Medical and sanitary report of the native army of Bengal for the year
Year: 1875
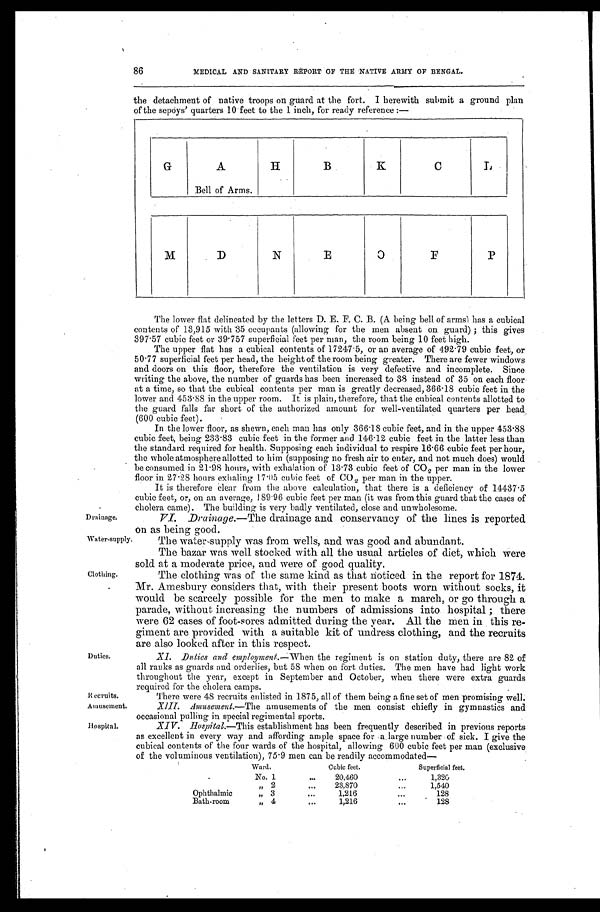
Recruits.
Amusement.
Hospital.
86
MEDICAL AND SANITARY REPORT OF THE NATIVE ARMY OF BENGAL.
the detachment of native troops on guard at the fort. I herewith submit a ground plan
of the sepoys' quarters 10 feet to the 1 inch, for ready reference:—
G
A
Bell of Arms.
H
B K
C
L
M
D
N
E
O
F
P
Drainage.
The lower flat delineated by the letters D. E. F. C. B. (A being bell of arms) has a cubical
contents of 13,915 with 35 occupants (allowing for the men absent on guard); this gives
397.57 cubic feet or 39.757 superficial feet per man, the room being 10 feet high.
The upper flat has a cubical contents of 17247.5, or an average of 492.79 cubic feet, or
50.77 superficial feet per head, the height of the room being greater. There are fewer windows
and doors on this floor, therefore the ventilation is very defective and incomplete. Since
writing the above, the number of guards has been increased to 38 instead of 35 on each floor
at a time, so that the cubical contents per man is greatly decreased, 366.18 cubic feet in the
lower and 453.88 in the upper room. It is plain, therefore, that the cubical contents allotted to
the guard falls far short of the authorized amount for well-ventilated quarters per head,
(600 cubic feet).
In the lower floor, as shewn, each man has only 366.18 cubic feet, and in the upper 453.88
cubic feet, being 233.83 cubic feet in the former and 146.12 cubic feet in the latter less than
the standard required for health. Supposing each individual to respire 16.66 cubic feet per hour,
the whole atmosphere allotted to him (supposing no fresh air to enter, and not much does) would
be consumed in 21.98 hours, with exhalation of 13.73 cubic feet of CO 2 per man in the lower
floor in 27.8 hours exhaling 17.05 cubic feet of CO 2 per man in the upper.
It is therefore clear from the above calculation, that there is a deficiency of 14437.5
cubic feet, or, on an average, 189.96 cubic feet per man (it was from this guard that the cases of
cholera came). The building is very badly ventilated, close and unwholesome.
VI. Drainage .—The drainage and conservancy of the lines is reported
on as being good.
Water-supply.
Clothing.
Duties.
The water supply was from wells, and was good and abundant.
The bazar was well stocked with all the usual articles of diet, which were
sold at a moderate price, and were of good quality.
The clothing was of the same kind as that noticed in the report for 1874.
Mr. Amesbury considers that, with their present boots worn without socks, it
would be scarcely possible for the men to make a march, or go through a
parade, without increasing the numbers of admissions into hospital; there
were 62 cases of foot-sores admitted during the year. All the men in this re
-giment are provided with a suitable kit of undress clothing, and the recruits
are also looked after in this respect.
XI. Duties and employment.—When the regiment is on station duty, there are 82 of
all ranks as guards and orderlies, but 58 when on fort duties. The men have had light work
throughout the year, except in September and October, when there were extra guards
required for the cholera camps.
There were 48 recruits enlisted in 1875, all of them being a fine set of men promising well.
XIII. Amusement .—The amusements of the men consist chiefly in gymnastics and
occasional pulling in special regimental sports.
XI V Hospi t al. — T h i s
e s t a b l i s h m e n t h a s b e e n f r e q u e n t l y d e s c r i b e d i n p r e v i o u s r e p o r t s
as excellent in every way and affording ample space for a, large number of sick. I give the
cubical contents of the four wards of the hospital, allowing 600 cubic feet per man (exclusive
of the voluminous ventilation), 75.9 men can be readily accommodated—
Ward.
Cubic feet.
Superficial feet.
No. 1 . . .
20,460 . . .
1 , 3 2 0
" 2 . . .
2 3 , 8 7 0 . . .
1,540
Ophthalmic
" 3 . . .
1,216 . . .
128
Bath-room
"
4 . . .
1,216 . . .
128